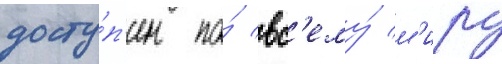
досту́п'ен по́ вс'ему́ м'иру